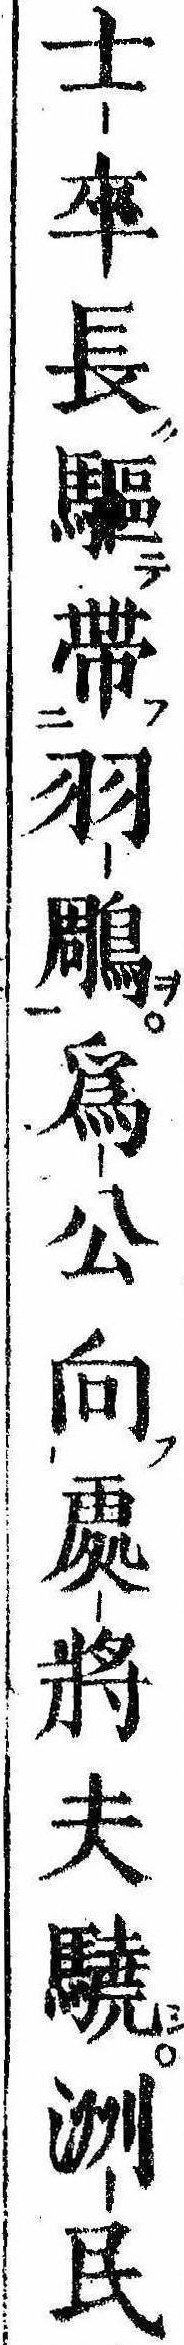
士卒長駆帯羽雕為公向処将夫驍洲民